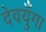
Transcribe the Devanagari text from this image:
देवयुँगा